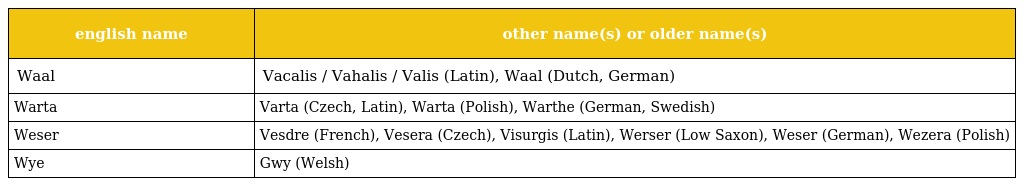
| english name | other name(s) or older name(s) |
 | --- | --- |
 | Waal | Vacalis / Vahalis / Valis (Latin), Waal (Dutch, German) |
 | Warta | Varta (Czech, Latin), Warta (Polish), Warthe (German, Swedish) |
 | Weser | Vesdre (French), Vesera (Czech), Visurgis (Latin), Werser (Low Saxon), Weser (German), Wezera (Polish) |
 | Wye | Gwy (Welsh) |